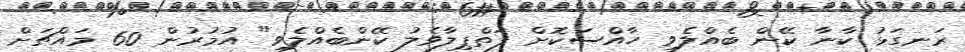
ރަނގަޅު ކާނާ ކޭން ބެއްލެވި ހާއްސަކޮށް ފަތްޕިލާވެލު ކޭންބެއްލެވި" އުމުރުން 60 މައްޗަށް